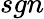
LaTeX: sgn